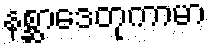
နစ္ဆာဒေတုကာမာ